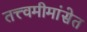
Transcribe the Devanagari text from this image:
तत्त्वमीमांसेत